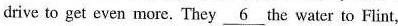
drive to get even more. They \underline{6}the water to Flint,